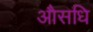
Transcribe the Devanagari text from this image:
औसधि